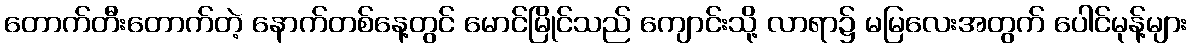
တောက်တီးတောက်တဲ့ နောက်တစ်နေ့တွင် မောင်မြိုင်သည် ကျောင်းသို့ လာရာ၌ မမြလေးအတွက် ပေါင်မုန့်များ